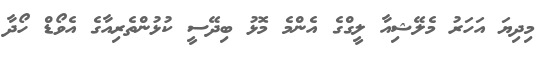
މިދިޔަ އަހަރު މެލޭޝިއާ ލީގްގެ އެންމެ މޮޅު ބިދޭސީ ކުޅުންތެރިއާގެ އެވޯޑް ހޯދާ